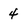
Character: 4